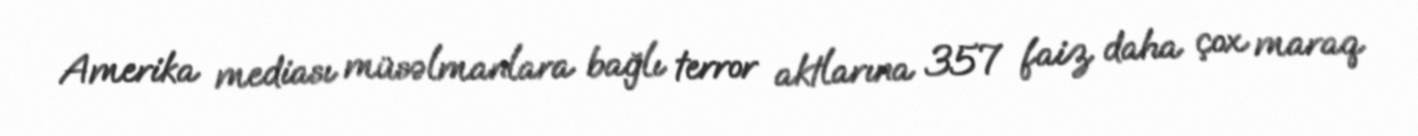
Amerika mediası müsəlmanlara bağlı terror aktlarına 357 faiz daha çox maraq